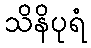
သိနိပုရံ